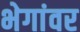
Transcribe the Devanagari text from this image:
भेगांवर